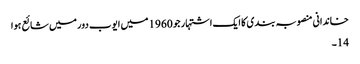
خاندانی منصوبہ بندی کا ایک اشتہار جو 1960 میں ایوب دور میں شائع ہوا
14۔